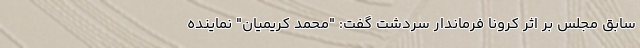
سابق مجلس بر اثر کرونا فرماندار سردشت گفت: "محمد کریمیان" نماینده